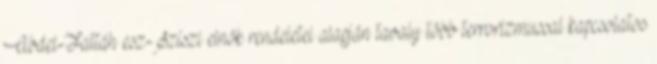
Abdel-Fattáh esz-Szíszi elnök rendeletei alapján tavaly több terrorizmussal kapcsolatos